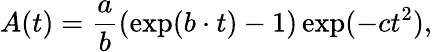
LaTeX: A(t)=\frac{a}{b}\left(\exp(b\cdot t)-1\right)\exp(-ct^{2}),